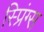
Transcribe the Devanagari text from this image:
स्प्रिंग्‍स